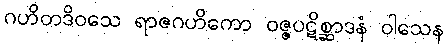
ဂဟိတဒိဝသေ ရာဇဂဟိကော ဝဇ္ဇပဋိစ္ဆာဒနံ ဝါသေန